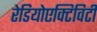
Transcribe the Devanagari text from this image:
रेडियोएक्टिविटी